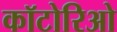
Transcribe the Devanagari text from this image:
कॉटोरिओ